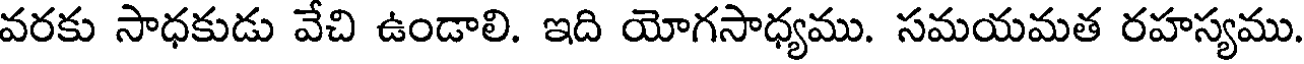
వరకు సాధకుడు వేచి ఉండాలి. ఇది యోగసాధ్యము. సమయమత రహస్యము.